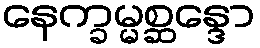
နေက္ခမ္မစ္ဆန္ဒော